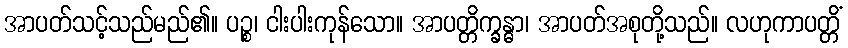
အာပတ်သင့်သည်မည်၏။ ပဉ္စ၊ ငါးပါးကုန်သော။ အာပတ္တိက္ခန္ဓာ၊ အာပတ်အစုတို့သည်။ လဟုကာပတ္တိံ